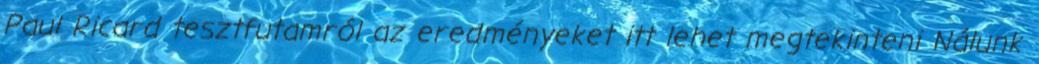
Paul Ricard tesztfutamról az eredményeket itt lehet megtekinteni Nálunk